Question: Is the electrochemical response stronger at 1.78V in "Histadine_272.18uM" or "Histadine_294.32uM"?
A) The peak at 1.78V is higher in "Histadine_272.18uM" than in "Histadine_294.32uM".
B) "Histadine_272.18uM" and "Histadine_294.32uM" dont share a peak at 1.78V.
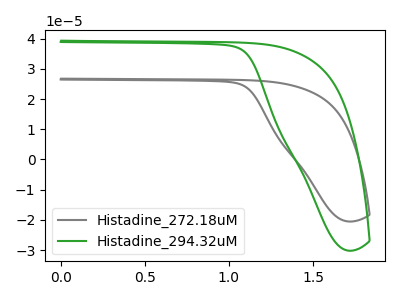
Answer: <think>The gray curve "Histadine_272.18uM" has no peaks. The green curve "Histadine_294.32uM" has no peaks.</think>
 <answer>B) "Histadine_272.18uM" and "Histadine_294.32uM" dont share a peak at 1.78V.</answer>
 <eval>B</eval>